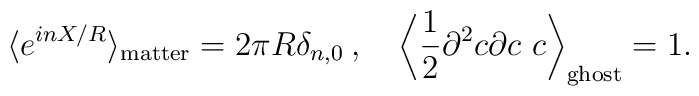
\langle e^{inX/R}\rangle_{\mathrm{matter}}=2\pi R\delta_{n,0} \> , \quad \left\langle\frac{1}{2}\partial^2c\partial c\ c\right\rangle_{\mathrm{ghost}}=1.